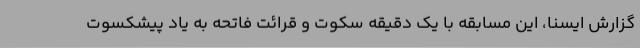
گزارش ایسنا، این مسابقه با یک دقیقه سکوت و قرائت فاتحه به یاد پیشکسوت